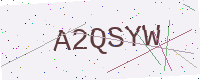
Text: A2QSYW